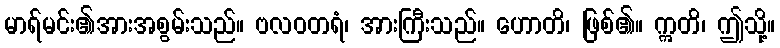
မာရ်မင်း၏အားအစွမ်းသည်။ ဗလဝတရံ၊ အားကြီးသည်။ ဟောတိ၊ ဖြစ်၏။ ဣတိ၊ ဤသို့။